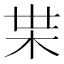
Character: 𭩠